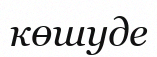
көшуде